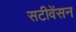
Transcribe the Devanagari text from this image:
सटीवेंसन